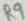
Text: R9